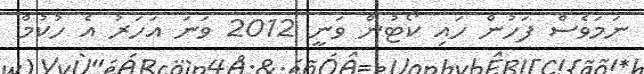
ނަމަވެސް ފަހުން ހައި ކޯޓުން ވަނީ 2012 ވަނަ އަހަރު އެ ހުކުމް